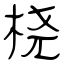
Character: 桡